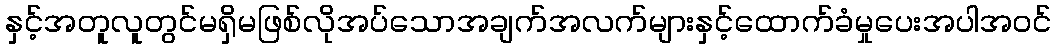
နှင့်အတူလူတွင်မရှိမဖြစ်လိုအပ်သောအချက်အလက်များနှင့်ထောက်ခံမှုပေးအပါအဝင်